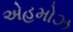
એહમોઝ